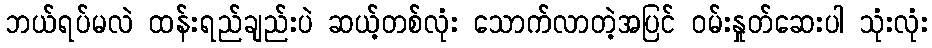
ဘယ်ရပ်မလဲ ထန်းရည်ချည်းပဲ ဆယ့်တစ်လုံး သောက်လာတဲ့အပြင် ဝမ်းနှုတ်ဆေးပါ သုံးလုံး